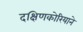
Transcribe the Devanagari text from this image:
दक्षिणकोरियाने